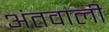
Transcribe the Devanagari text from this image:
अंतवाली